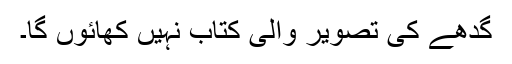
گدھے کی تصویر والی کتاب نہیں کھائوں گا۔